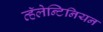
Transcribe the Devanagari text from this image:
व्हॅलेन्टिनियन